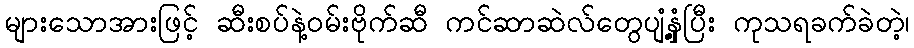
များသောအားဖြင့် ဆီးစပ်နဲ့ဝမ်းဗိုက်ဆီ ကင်ဆာဆဲလ်တွေပျံ့နှံ့ပြီး ကုသရခက်ခဲတဲ့၊